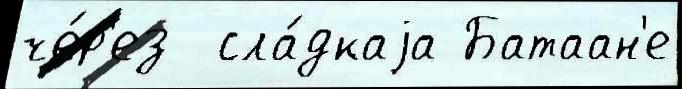
че́р'ез  сла́дкаjа Батаан'е